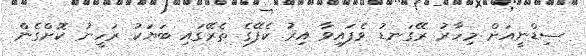
ސިޑްނީއަށް މިހާރު ރޭގަނޑު ވެފައިވާ އިރު ކެފޭގެ ތެރޭގައި ބަޔަކު ރަހީނު ކޮށްގެން